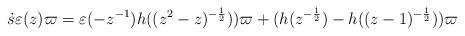
LaTeX: \begin{align*} \dot{s}\varepsilon(z)\varpi=\varepsilon(-z^{-1})h((z^2-z)^{-\frac{1}{2}}))\varpi+ ( h(z^{-\frac{1}{2}})-h((z-1)^{-\frac{1}{2}}))\varpi\end{align*}